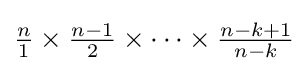
{\tfrac {n}{1}}\times {\tfrac {n-1}{2}}\times \cdots \times {\tfrac {n-k+1}{n-k}}